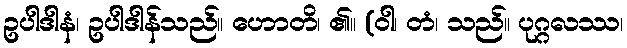
ဥပါဒါနံ၊ ဥပါဒါန်သည်။ ဟောတိ၊ ၏။ (ဝါ၊ တံ၊ သည်။ ပုဂ္ဂလဿ၊